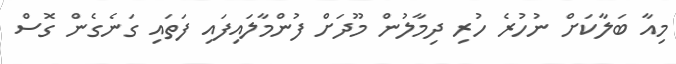
މިއާ ބަލާކަށް ނުހުރެ ހުރި ދިމާލުން މޫދަށް ފުންމާލައިފައި ފަތައި ގަނެގެން ގޮސް